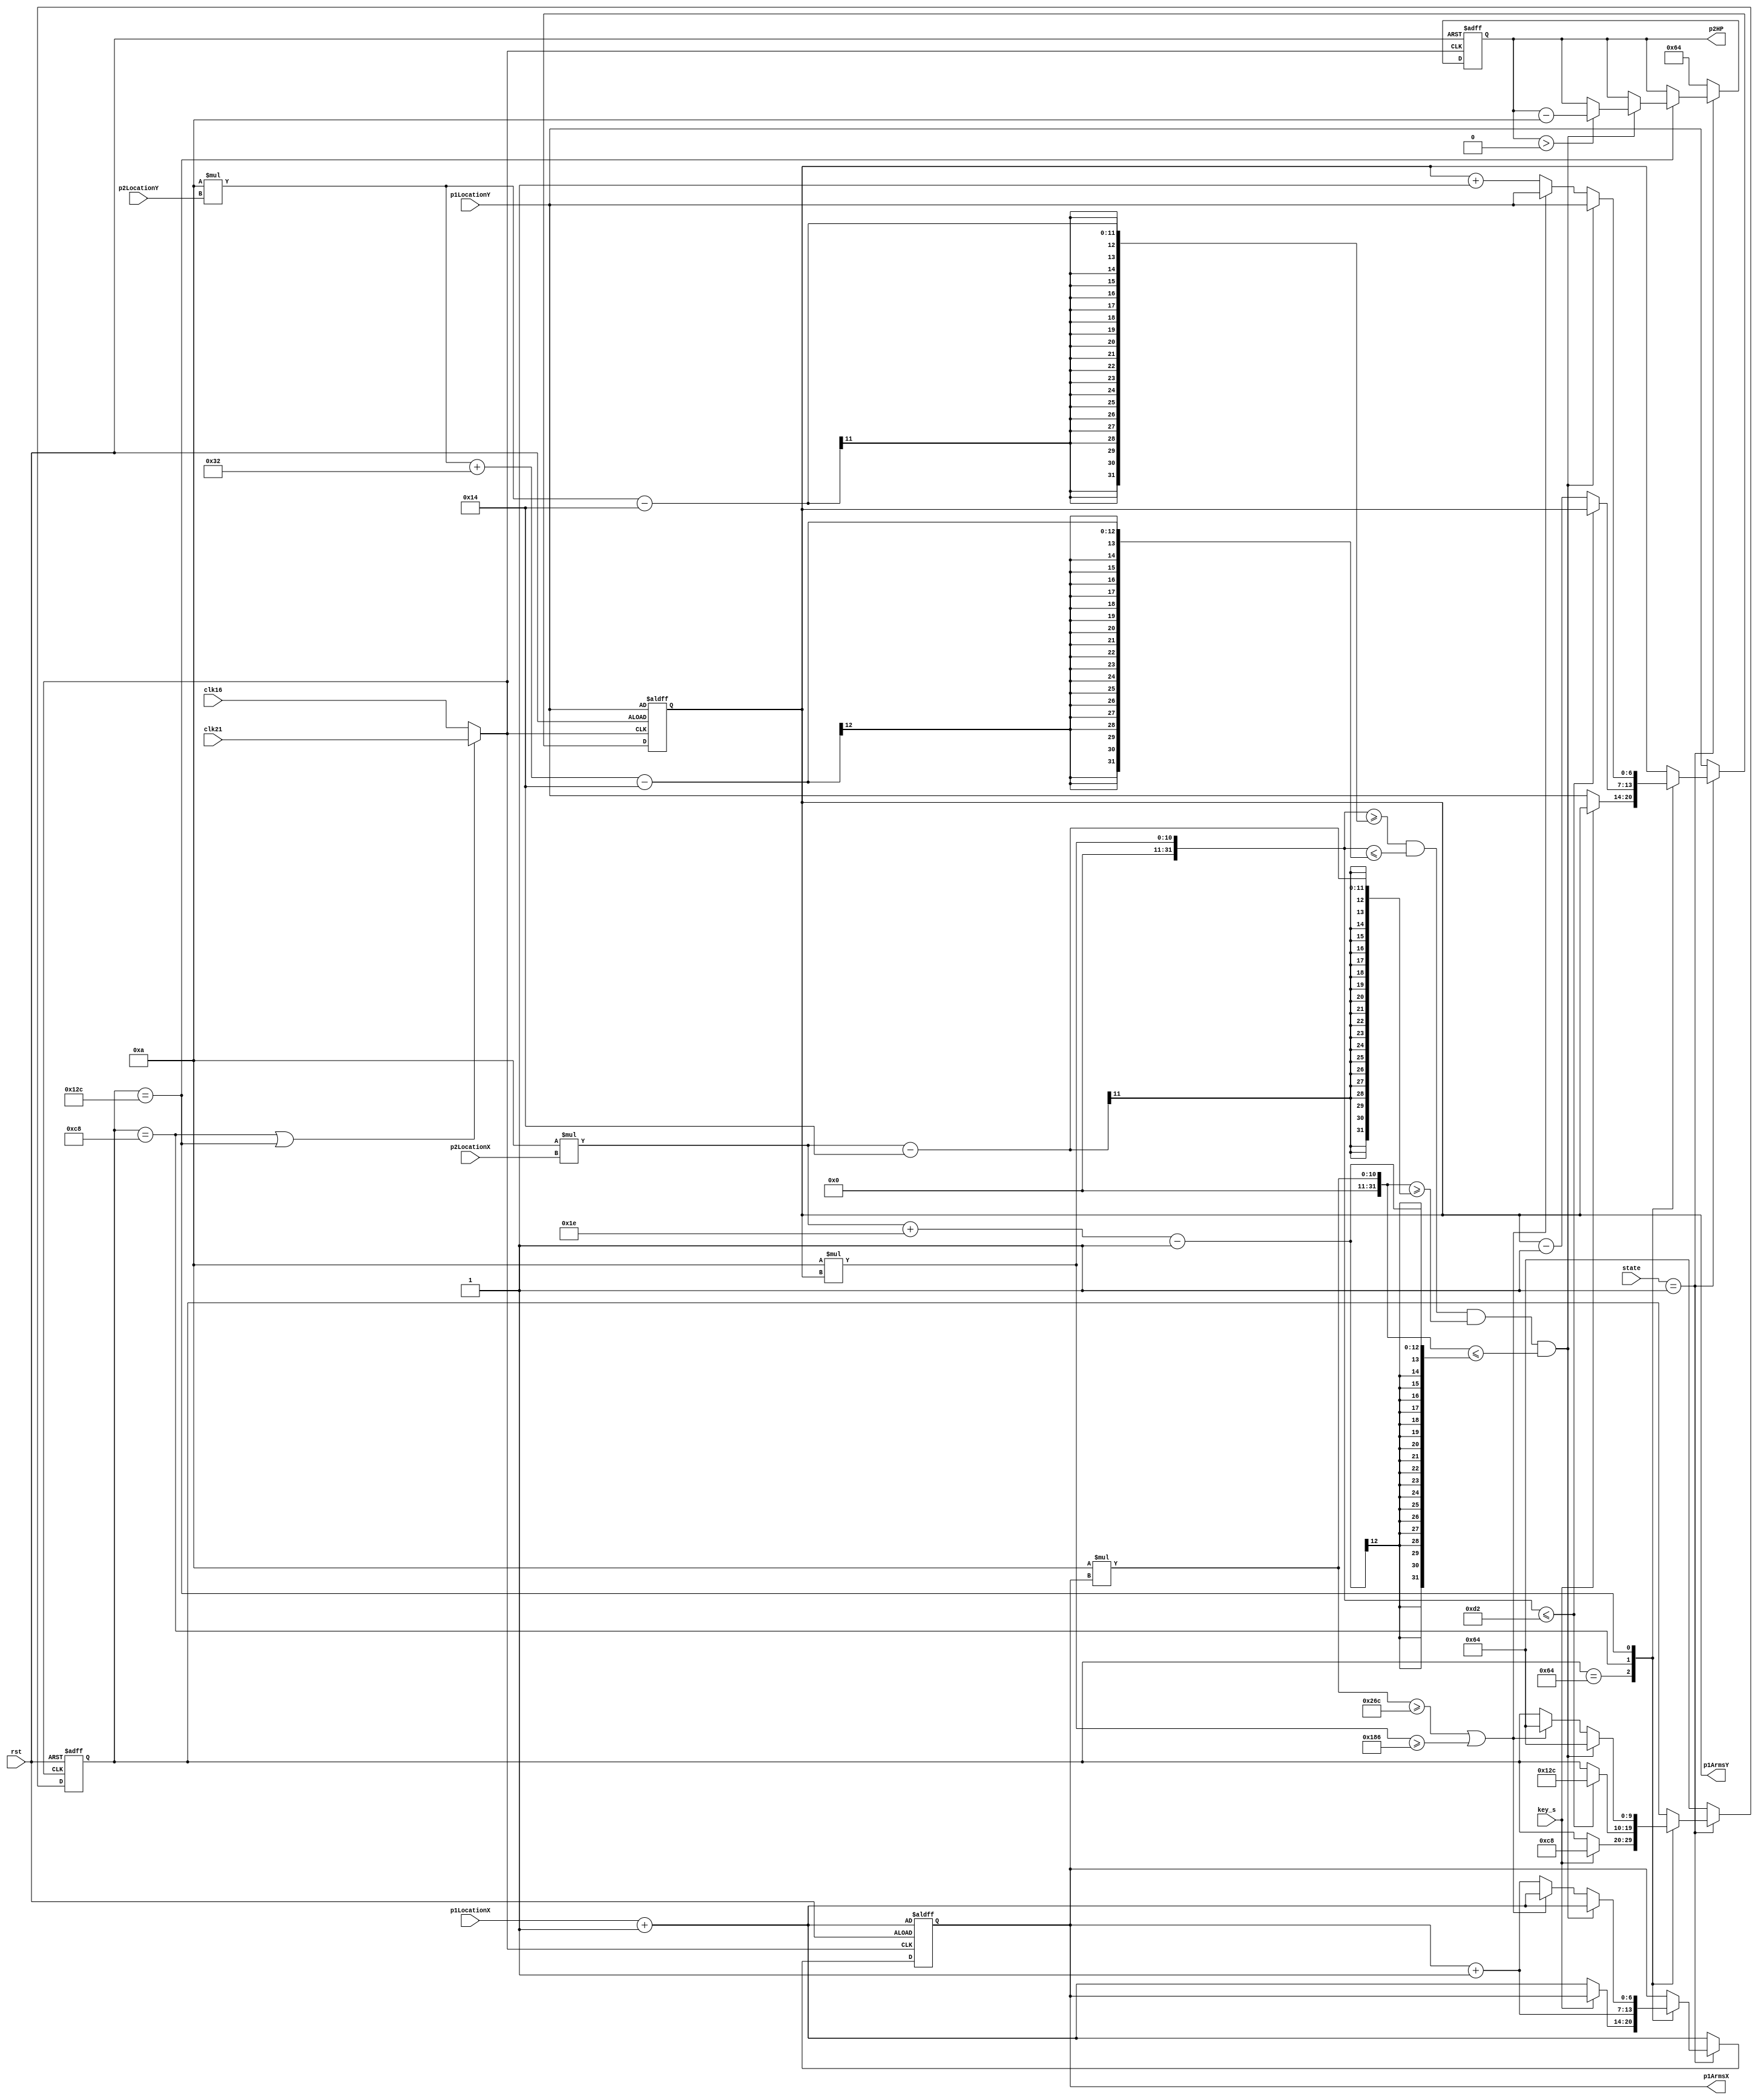
module P1ArmsGen (
	input clk16,
	input clk21,
	input rst,
	input key_s,
	input [2:0] state,
	input [6:0] p1LocationX,
	input [6:0] p1LocationY,
	input [6:0] p2LocationX,
	input [6:0] p2LocationY,
	output reg [6:0] p1ArmsX,
	output reg [6:0] p1ArmsY,
	output reg [7:0] p2HP
);

parameter [2:0] MENU  = 3'b000;
parameter [2:0] GAME  = 3'b001;
parameter [2:0] P1WIN = 3'b010;
parameter [2:0] P2WIN = 3'b011;
parameter [2:0] TIE   = 3'b100;
parameter [2:0] PIONT = 3'b101;

parameter maxHeight = 180;
parameter ground = 80;
parameter grass = 10;
parameter ch_wide = 30;
parameter ch_height = 50;
parameter arms_side = 20;
parameter gap = 20;

parameter READY = 100;
parameter ATTACK_UP = 200;
parameter ATTACK_DOWN = 300;

reg [6:0] next_p1ArmsX, next_p1ArmsY;
reg [7:0] next_p2HP;
reg [9:0] armstate, next_armstate;

wire clk;

assign clk = (armstate == ATTACK_UP || armstate == ATTACK_DOWN) ? clk21 : clk16;

always @(posedge clk, posedge rst) begin
	if (rst) begin
		armstate <= READY;
		p1ArmsX <= p1LocationX + 1;
		p1ArmsY <= p1LocationY;
		p2HP <= 100;
	end else begin
		armstate <= next_armstate;
		p1ArmsX <= next_p1ArmsX;
		p1ArmsY <= next_p1ArmsY;
		p2HP <= next_p2HP;
	end
end

always @(*) begin
	case (state)
		MENU: begin
			next_armstate = READY;
			next_p1ArmsX = p1LocationX + 1;
			next_p1ArmsY = p1LocationY;
			next_p2HP = 100;
		end
		GAME: begin
			case (armstate) 
				READY:
					if (key_s) begin
						next_armstate = ATTACK_UP;
						next_p1ArmsX = p1ArmsX;
						next_p1ArmsY = p1ArmsY;
						next_p2HP = p2HP;
					end else begin 
						next_armstate = armstate;
						next_p1ArmsX = p1LocationX + 1;
						next_p1ArmsY = p1LocationY;
						next_p2HP = p2HP;
					end
				ATTACK_UP: 
					if (10*p1ArmsY <= 480-ground-grass-maxHeight) begin
						next_armstate = ATTACK_DOWN;
						next_p1ArmsX = p1ArmsX + 1;
						next_p1ArmsY = p1ArmsY;
						next_p2HP = p2HP;
					end else begin
						next_armstate = armstate;
						next_p1ArmsX = p1ArmsX + 1;
						next_p1ArmsY = p1ArmsY - 1;
						next_p2HP = p2HP;
					end
				ATTACK_DOWN:
					if (10*p1ArmsY >= 10*p2LocationY-arms_side && 10*p1ArmsY <= 10*p2LocationY+ch_height-arms_side 
						&& 10*p1ArmsX >= 10*p2LocationX-arms_side && 10*p1ArmsX <= 10*p2LocationX+ch_wide-1) begin
						if (p2HP > 0) begin
							next_armstate = READY;
							next_p1ArmsX = p1LocationX + 1;
							next_p1ArmsY = p1LocationY;
							next_p2HP = p2HP - 10;
						end else begin
							next_armstate = READY;
							next_p1ArmsX = p1LocationX + 1;
							next_p1ArmsY = p1LocationY;
							next_p2HP = p2HP;
						end
					end else if (10*p1ArmsX >= 640-gap || 10*p1ArmsY >= 480-ground-grass) begin
						next_armstate = READY;
						next_p1ArmsX = p1LocationX + 1;
						next_p1ArmsY = p1LocationY;
						next_p2HP = p2HP;
					end else begin
						next_armstate = armstate;
						next_p1ArmsX = p1ArmsX + 1;
						next_p1ArmsY = p1ArmsY + 1;
						next_p2HP = p2HP;
					end
				default: begin
					next_armstate = armstate;
					next_p1ArmsX = p1ArmsX;
					next_p1ArmsY = p1ArmsY;
					next_p2HP = p2HP;
				end 
			endcase
		end
		P1WIN: begin
			next_armstate = READY;
			next_p1ArmsX = p1LocationX + 1;
			next_p1ArmsY = p1LocationY;
			next_p2HP = 100;
		end
		P2WIN: begin
			next_armstate = READY;
			next_p1ArmsX = p1LocationX + 1;
			next_p1ArmsY = p1LocationY;
			next_p2HP = 100;
		end
		TIE: begin
			next_armstate = READY;
			next_p1ArmsX = p1LocationX + 1;
			next_p1ArmsY = p1LocationY;
			next_p2HP = 100;
		end
		PIONT: begin
			next_armstate = READY;
			next_p1ArmsX = p1LocationX + 1;
			next_p1ArmsY = p1LocationY;
			next_p2HP = 100;
		end
		default: begin
			next_armstate = READY;
			next_p1ArmsX = p1LocationX + 1;
			next_p1ArmsY = p1LocationY;
			next_p2HP = 100;
		end
	endcase
end

endmodule